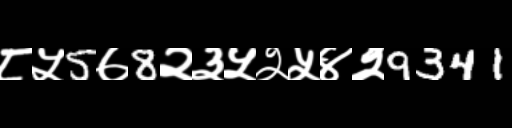
Text: ८५5७8२३५२५४२9341